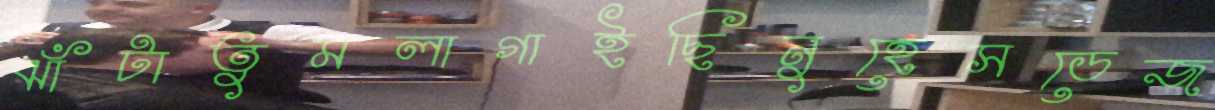
ঝাঁটাতুমলাগাইছিনুহেসডেজ